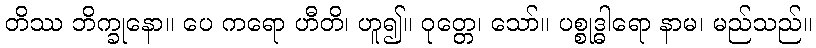
တိဿ ဘိက္ခုနော။ ပေ ကရော ဟီတိ၊ ဟူ၍။ ဝုတ္တေ၊ သော်။ ပစ္စုဒ္ဓါရော နာမ၊ မည်သည်။